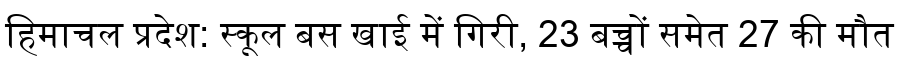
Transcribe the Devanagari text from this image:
हिमाचल प्रदेश: स्कूल बस खाई में गिरी, 23 बच्चों समेत 27 की मौत